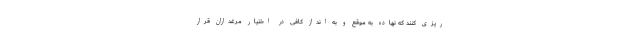
ریزی کنند که نهاده به موقع و به انداز کافی در اختیار مرغداران قرار